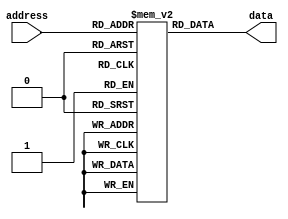
module asynchronous_rom (
    input [2:0] address,
    output reg [15:0] data
);

reg [15:0] mem [0:7];

initial begin
    // initialize memory contents
    mem[0] = 16'h0001;
    mem[1] = 16'h0002;
    mem[2] = 16'h0003;
    mem[3] = 16'h0001;
    mem[4] = 16'h0002;
    mem[5] = 16'h0003;
    mem[6] = 16'h00FE;
    mem[7] = 16'h00FF;
end

always @(*) begin
    data = mem[address];
end

endmodule